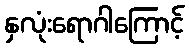
နှလုံးရောဂါကြောင့်